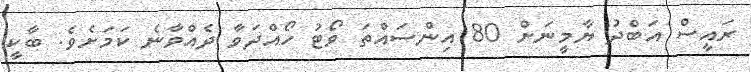
ރައީސް އަބްދު ޔާމީނަށް 80 އިންސައްތަ ވޯޓު ހޯއްދަވާ ދެއްވާނެ ކަމަށެވެ. ބާކީ